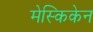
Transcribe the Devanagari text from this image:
मेस्किकेन